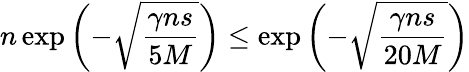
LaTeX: n\exp\left(-\sqrt\frac{\gamma ns}{5M}\right)\leq\exp\left(-\sqrt\frac{\gamma ns}{20M}\right)